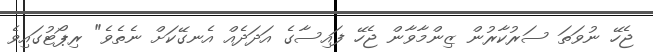
ޖެހޭ ނުވަތަ ސަރުކާރުން ޒިންމާވާން ޖެހޭ ފައިސާގެ އަދަދެއް އެނގޭކަށް ނެތެވެ" ރިޕޯޓުގައިވެ